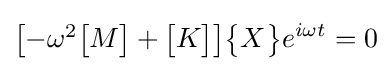
{\begin{bmatrix}-\omega ^{2}{\begin{bmatrix}M\end{bmatrix}}+{\begin{bmatrix}K\end{bmatrix}}\end{bmatrix}}{\begin{Bmatrix}X\end{Bmatrix}}e^{i\omega t}=0